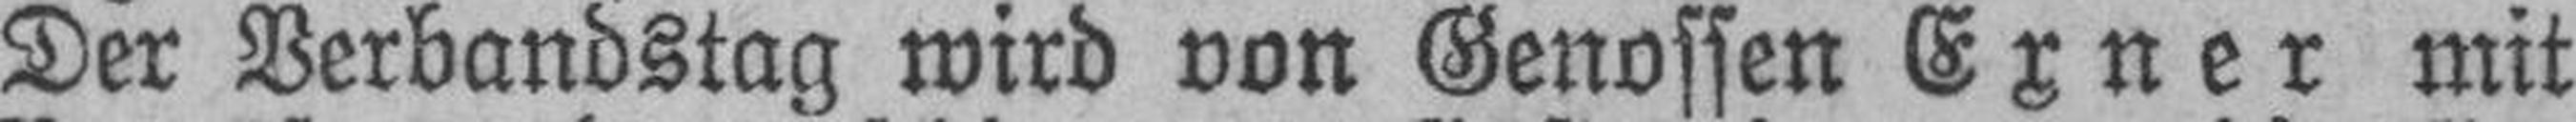
Der Verbandstag wird von Genossen Exner mit